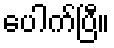
ပေါက်ပြီ။